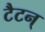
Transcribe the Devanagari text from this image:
टैटन्